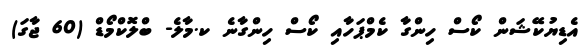
އެޑިޔުކޭޝަން ކޯސް ހިންގާ ކެމްޕަހާއި ކޯސް ހިންގާނެ ކ.މާލެ- ބްލޮކްމޯޑް (60 ޖާގަ)